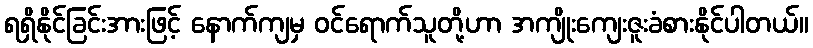
ရရှိနိုင်ခြင်းအားဖြင့် နောက်ကျမှ ဝင်ရောက်သူတို့ဟာ အကျိုးကျေးဇူးခံစားနိုင်ပါတယ်။